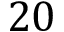
2 0